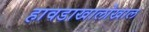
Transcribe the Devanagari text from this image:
हावडाखालोखाल